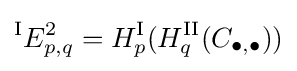
{}^{\textrm {I}}E_{p,q}^{2}=H_{p}^{\textrm {I}}(H_{q}^{\textrm {II}}(C_{\bullet ,\bullet }))